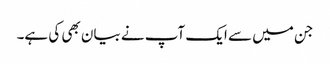
جن میں‌ سے ایک آپ نے بیان بھی کی ہے۔